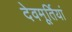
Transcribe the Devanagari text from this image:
देवमूर्तियां